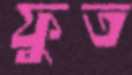
ফুত